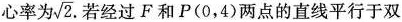
心率为\sqrt{2} 若经过F和P(0，4)两点的直线平行于双